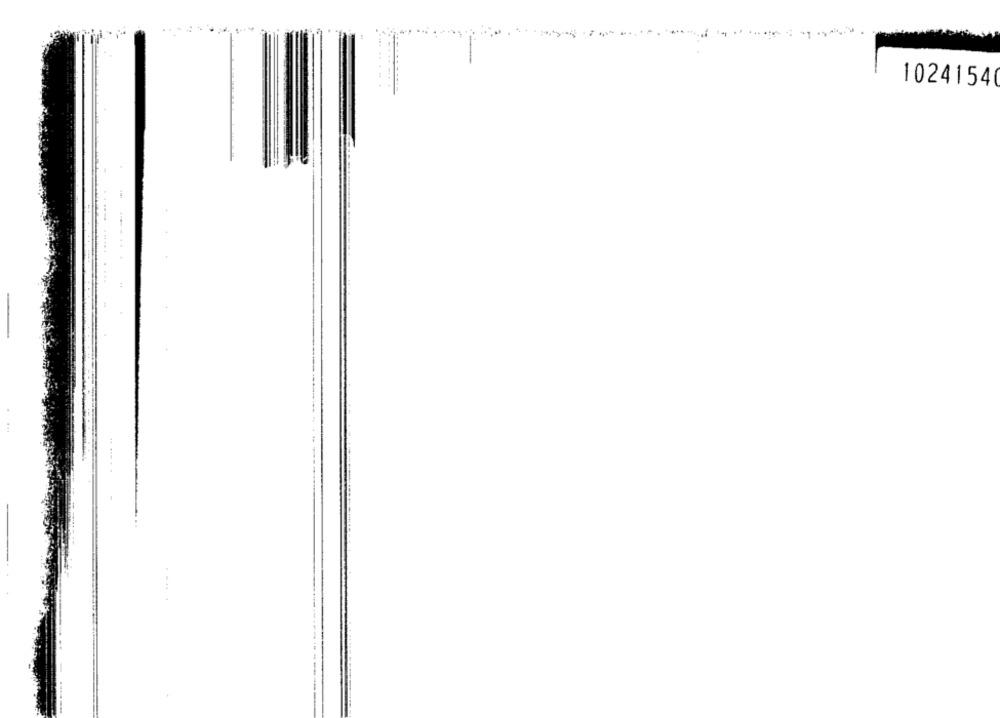
....
----
10241540